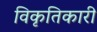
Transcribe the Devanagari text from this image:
विकृतिकारी